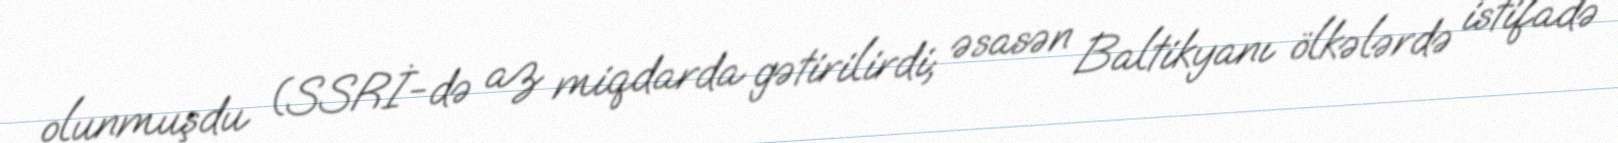
olunmuşdu (SSRİ-də az miqdarda gətirilirdi; əsasən Baltikyanı ölkələrdə istifadə